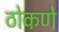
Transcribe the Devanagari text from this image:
ठोकणे